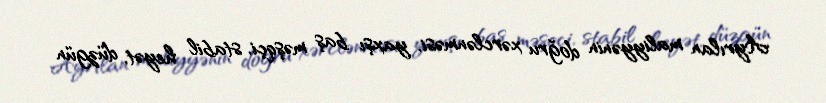
Ayrılan maliyyənin doğru xərclənməsi, yaxşı baş məşqçi, stabil heyət, düzgün